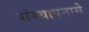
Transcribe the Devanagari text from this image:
संस्थापनासे